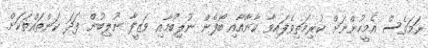
ނަމަވެސް އެމީހުންނަށް ކުރިމަތިވެފައިވާ ކާނާއާއި ބޯފެން ނުލިބުމާއި ވަޒީފާ ނުލިބުން ފަދަ ކަންތައްތަކަށް